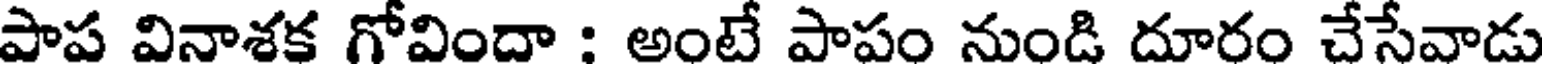
పాప వినాశక గోవిందా : అంటే పాపం నుండి దూరం చేసేవాడు